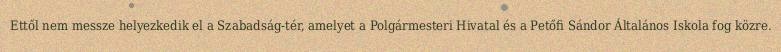
Ettől nem messze helyezkedik el a Szabadság-tér, amelyet a Polgármesteri Hivatal és a Petőfi Sándor Általános Iskola fog közre.